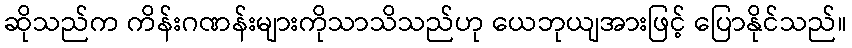
ဆိုသည်က ကိန်းဂဏန်းများကိုသာသိသည်ဟု ယေဘုယျအားဖြင့် ပြောနိုင်သည်။